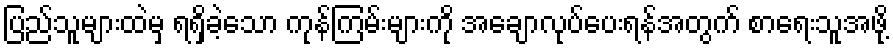
ပြည်သူများထဲမှ ရရှိခဲ့သော ကုန်ကြမ်းများကို အချောလုပ်ပေးရန်အတွက် စာရေးသူအဖို့